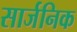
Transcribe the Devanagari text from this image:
सार्जनिक